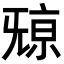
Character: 𣄷